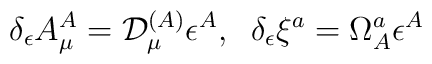
\delta_\epsilon A^A_{\mu} = {\cal D}^{(A)}_{\mu} \epsilon^A, \; \;\delta_\epsilon \xi^a = \Omega^a_A \epsilon^A